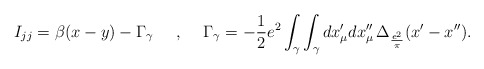
\begin{align*}I_{jj}=\beta(x-y)- \Gamma_\gamma \makebox[.5in]{,}\Gamma_\gamma=-\frac{1}{2}e^2\int_\gamma \int_\gamma dx'_\mu dx''_\mu\, \Delta_{\frac{e^2}{\pi}}(x'-x'').\end{align*}